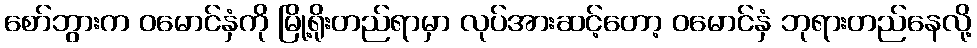
စော်ဘွားက ဝမောင်နှံကို မြို့ရိုးတည်ရာမှာ လုပ်အားဆင့်တော့ ဝမောင်နှံ ဘုရားတည်နေလို့